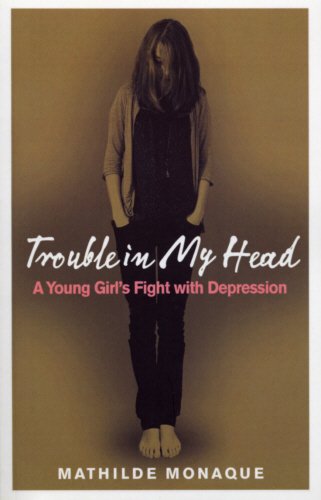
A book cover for Trouble in My Head: A Young Girl's Fight with Depression; Mathilde Monaque; Teen & Young Adult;